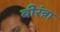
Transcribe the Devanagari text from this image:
वीरंन्ना